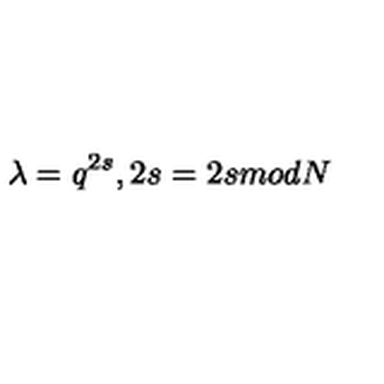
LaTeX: \lambda = q ^ { 2 s } , 2 s = 2 s m o d N